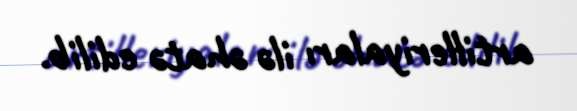
artilleriyaları ilə əhatə edilib.